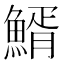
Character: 䱬